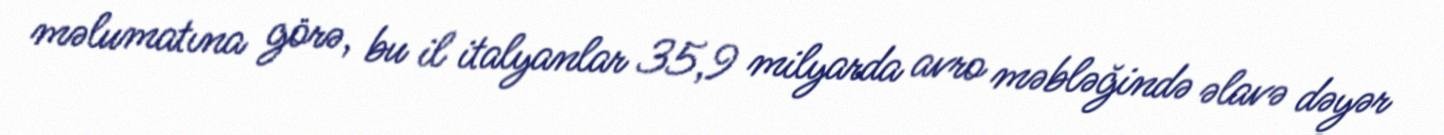
məlumatına görə, bu il italyanlar 35,9 milyarda avro məbləğində əlavə dəyər